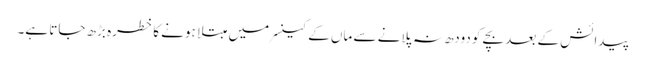
پیدائش کے بعد بچے کو دودھ نہ پلانے سے ماں کے کینسر میں مبتلا ہونے کا خطرہ بڑھ جاتا ہے۔